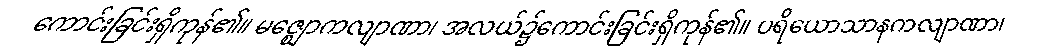
ကောင်းခြင်းရှိကုန်၏။ မဇ္ဈောကလျာဏာ၊ အလယ်၌ကောင်းခြင်းရှိကုန်၏။ ပရိယောသာနကလျာဏာ၊